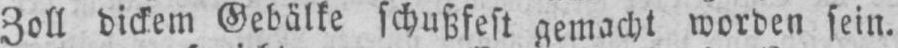
Zoll dickem Gebälke schußfest gemacht worden sein.